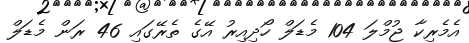
އެމެރިކާ ޖުމްލަ 104 މެޑަލް ހޯދިއިރު އޭގެ ތެރޭގައި 46 ރަން މެޑަލް